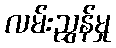
လမ်းညွှန်မှု